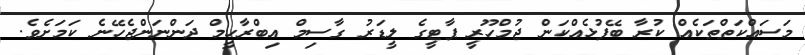
މަސައްކަތްތަކެއް ކުރާ ބޭފުޅެއްކަން ޖުމްހޫރީ ޕާޓީގެ ލީޑަރު ގާސިމް އިބްރާހީމް ދަންނަންޖެހޭނެ ކަމަށެވެ.